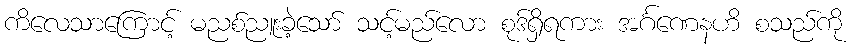
ကိလေသာကြောင့် မညစ်ညူးခဲ့သော် သင့်မည်လော စုဒ်ရှိရကား အင်္ဂဏေနဟိ စသည်ကို